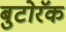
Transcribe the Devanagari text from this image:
बुटोरॅक